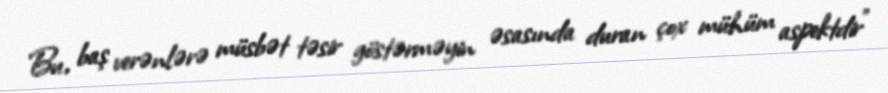
Bu, baş verənlərə müsbət təsir göstərməyin əsasında duran çox mühüm aspektdir”